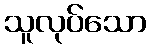
သူလုပ်သော